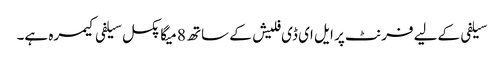
سیلفی کےلیے فرنٹ پر ایل ای ڈی فلیش کے ساتھ 8 میگا پکسل سیلفی کیمرہ ہے۔